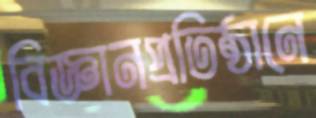
বিজ্ঞানপ্রতিষ্ঠানে